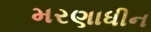
મરણાધીન